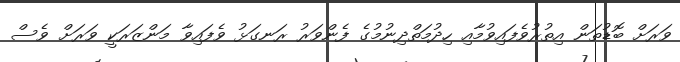
ވަރަށް ބޮޑުތަން އިތުރުވެފައިވުމާއި ހިދުމަތްދިނުމުގެ ފެންވަރު ރަނގަޅު ވެފައިވާ މަންޒަރަކީ ވަރަށް ވެސް